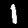
Label: 1